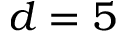
d = 5